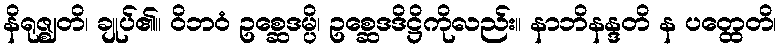
နိရုဇ္ဈတိ၊ ချုပ်၏။ ဝိဘဝံ ဥစ္ဆေဒမ္ပိ၊ ဥစ္ဆေဒဒိဋ္ဌိကိုလည်း။ နာဘိနန္ဒတိ န ပတ္ထေတိ၊